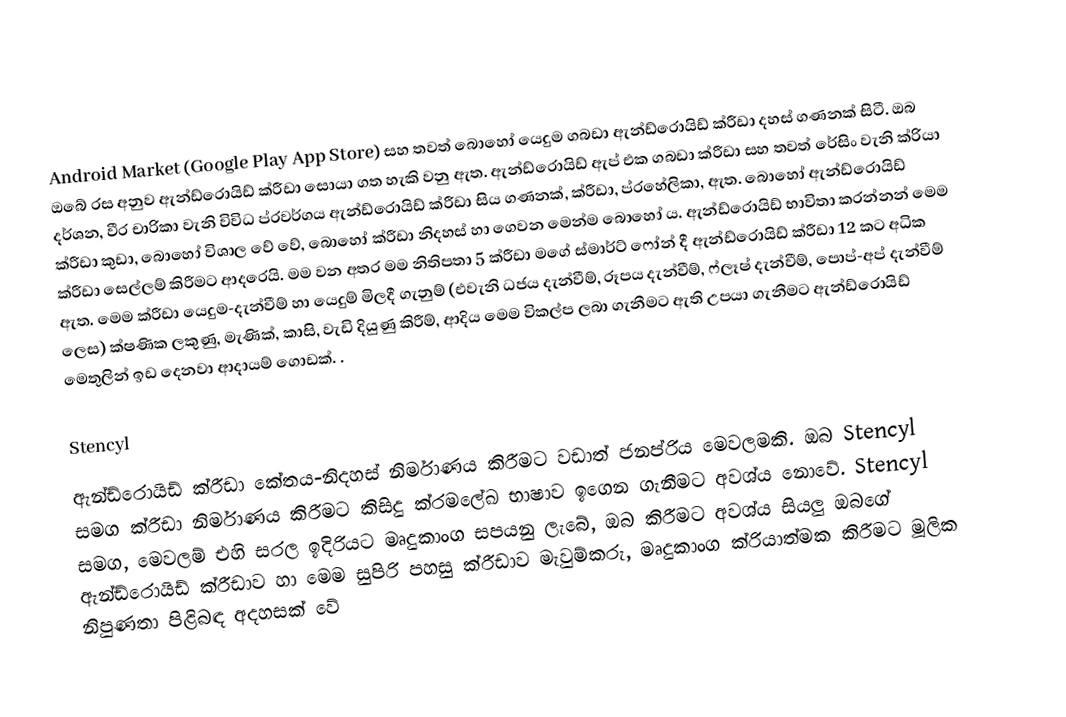
Android Market (Google Play App Store) සහ තවත් බොහෝ යෙදුම ගබඩා ඇන්ඩ්රොයිඩ් ක්රීඩා දහස් ගණනක් සිටී. ඔබ ඔබේ රස අනුව ඇන්ඩ්රොයිඩ් ක්රීඩා සොයා ගත හැකි වනු ඇත. ඇන්ඩ්රොයිඩ් ඇප් එක ගබඩා ක්රීඩා සහ තවත් රේසිං වැනි ක්රියා දර්ශන, වීර චාරිකා වැනි විවිධ ප්රවර්ගය ඇන්ඩ්රොයිඩ් ක්රීඩා සිය ගණනක්, ක්රීඩා, ප්රහේලිකා, ඇත. බොහෝ ඇන්ඩ්රොයිඩ් ක්රීඩා කුඩා, බොහෝ විශාල වේ වේ, බොහෝ ක්රීඩා නිදහස් හා ගෙවන මෙන්ම බොහෝ ය. ඇන්ඩ්රොයිඩ් භාවිතා කරන්නන් මෙම ක්රීඩා සෙල්ලම් කිරීමට ආදරෙයි. මම වන අතර මම නිතිපතා 5 ක්රීඩා මගේ ස්මාර්ට් ෆෝන් දී ඇන්ඩ්රොයිඩ් ක්රීඩා 12 කට අධික ඇත. මෙම ක්රීඩා යෙදුම-දැන්වීම් හා යෙදුම් මිලදී ගැනුම් (එවැනි ධජය දැන්වීම්, රූපය දැන්වීම්, ෆ්ලෑෂ් දැන්වීම්, පොප්-අප් දැන්වීම් ලෙස) ක්ෂණික ලකුණු, මැණික්, කාසි, වැඩි දියුණු කිරීම්, ආදිය මෙම විකල්ප ලබා ගැනීමට ඇති උපයා ගැනීමට ඇන්ඩ්රොයිඩ් මෙතුලින් ඉඩ දෙනවා ආදායම් ගොඩක්. .

Stencyl
ඇන්ඩ්රොයිඩ් ක්රීඩා කේතය-නිදහස් නිර්මාණය කිරීමට වඩාත් ජනප්රිය මෙවලමකි. ඔබ Stencyl සමග ක්රීඩා නිර්මාණය කිරීමට කිසිදු ක්රමලේඛ භාෂාව ඉගෙන ගැනීමට අවශ්ය නොවේ. Stencyl සමග, මෙවලම් එහි සරල ඉදිරියට මෘදුකාංග සපයනු ලැබේ, ඔබ කිරීමට අවශ්ය සියලු ඔබගේ ඇන්ඩ්රොයිඩ් ක්රීඩාව හා මෙම සුපිරි පහසු ක්රීඩාව මැවුම්කරු, මෘදුකාංග ක්රියාත්මක කිරීමට මූලික නිපුණතා පිළිබඳ අදහසක් වේ